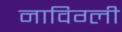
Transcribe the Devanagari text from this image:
नाविग्ली